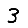
Digit: 3